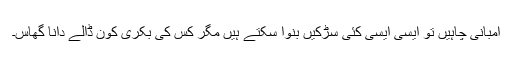
امبانی چاہیں تو ایسی ایسی کئی سڑکیں بنوا سکتے ہیں مگر کس کی بکری کون ڈالے دانا گھاس۔